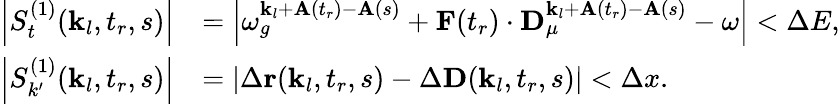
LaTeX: \begin{array}{rl}{\left|S_{t}^{(1)}(\textbf{k}_{l},t_{r},s)\right|}&{=\left|\omega_{g}^{\textbf{k}_{l}+\textbf{A}(t_{r})-\textbf{A}(s)}+\textbf{F}(t_{r})\cdot\textbf{D}_{\mu}^{\textbf{k}_{l}+\textbf{A}(t_{r})-\textbf{A}(s)}-\omega\right|<\Delta E,}\\ {\left|S_{k^{\prime}}^{(1)}(\textbf{k}_{l},t_{r},s)\right|}&{=\left|\Delta\textbf{r}(\textbf{k}_{l},t_{r},s)-\Delta\textbf{D}(\textbf{k}_{l},t_{r},s)\right|<\Delta x.}\end{array}